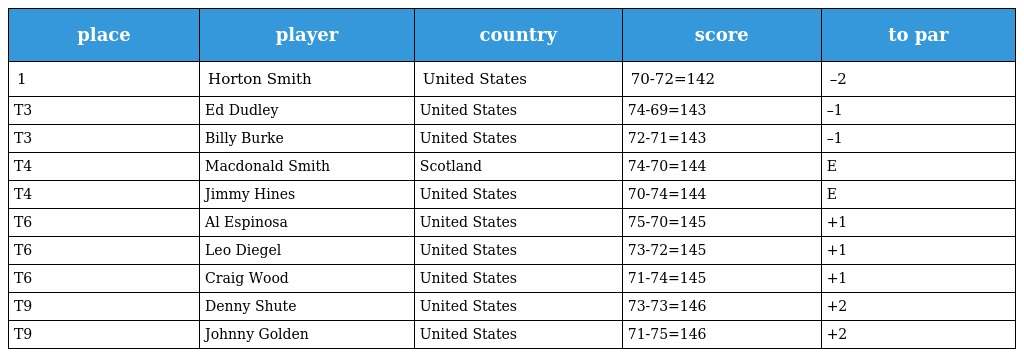
| place | player | country | score | to par |
 | --- | --- | --- | --- | --- |
 | 1 | Horton Smith | United States | 70-72=142 | –2 |
 | T3 | Ed Dudley | United States | 74-69=143 | –1 |
 | T3 | Billy Burke | United States | 72-71=143 | –1 |
 | T4 | Macdonald Smith | Scotland | 74-70=144 | E |
 | T4 | Jimmy Hines | United States | 70-74=144 | E |
 | T6 | Al Espinosa | United States | 75-70=145 | +1 |
 | T6 | Leo Diegel | United States | 73-72=145 | +1 |
 | T6 | Craig Wood | United States | 71-74=145 | +1 |
 | T9 | Denny Shute | United States | 73-73=146 | +2 |
 | T9 | Johnny Golden | United States | 71-75=146 | +2 |